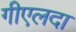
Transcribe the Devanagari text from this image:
गीएलदा